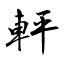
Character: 軯